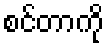
စင်တာကို